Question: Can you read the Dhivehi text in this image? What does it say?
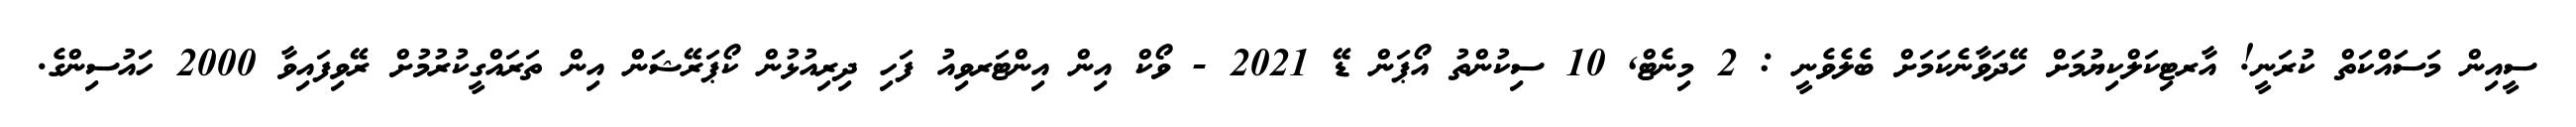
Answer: ސީއިން މަސައްކަތް ކުރަނީ! އާރޓިކަލްކިޔުމަށް ހޭދަވާނެކަމަށް ބެލެވެނީ : 2 މިނެޓް, 10 ސިކުންތު އޯޕަން ޑޭ 2021 - ވޯކް އިން އިންޓަރވިއު ފަހި ދިރިއުޅުން ކޯޕަރޭޝަން އިން ތަރައްގީކުރުމުށް ރޭވިފައިވާ 2000 ހައުސިންގެ.